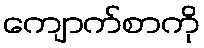
ကျောက်စာကို